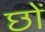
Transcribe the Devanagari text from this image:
छों